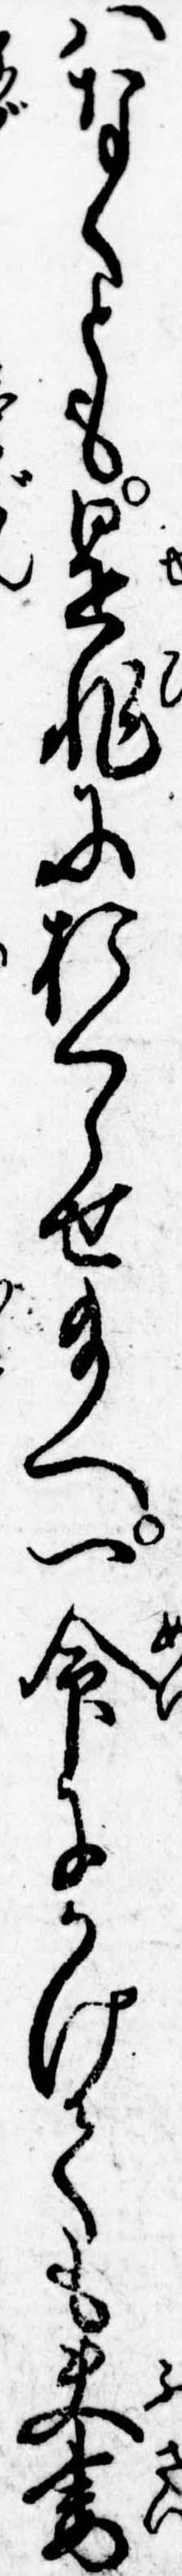
はなくとも是非におくらせ給へ一命にかけても夫妻